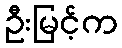
ဦးမြင့်က